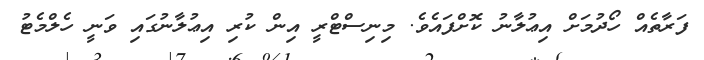
ފަރާތެއް ހޯދުމަށް އިޢުލާނު ކޮށްފައެވެ. މިނިސްޓްރީ އިން ކުރި އިޢުލާނުގައި ވަނީ ހެލްމެޓު